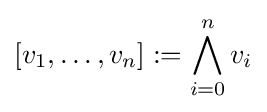
[v_{1},\ldots ,v_{n}]:=\bigwedge _{i=0}^{n}v_{i}